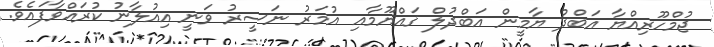
ޖުމްހޫރިއްޔާ އަބްދު ޔާމީން އަބްދުލް ޤައްޔޫމާއި އުމަރު ނަސީރު ވަނީ އިއުލާނު ކުރައްވާފައެވެ.